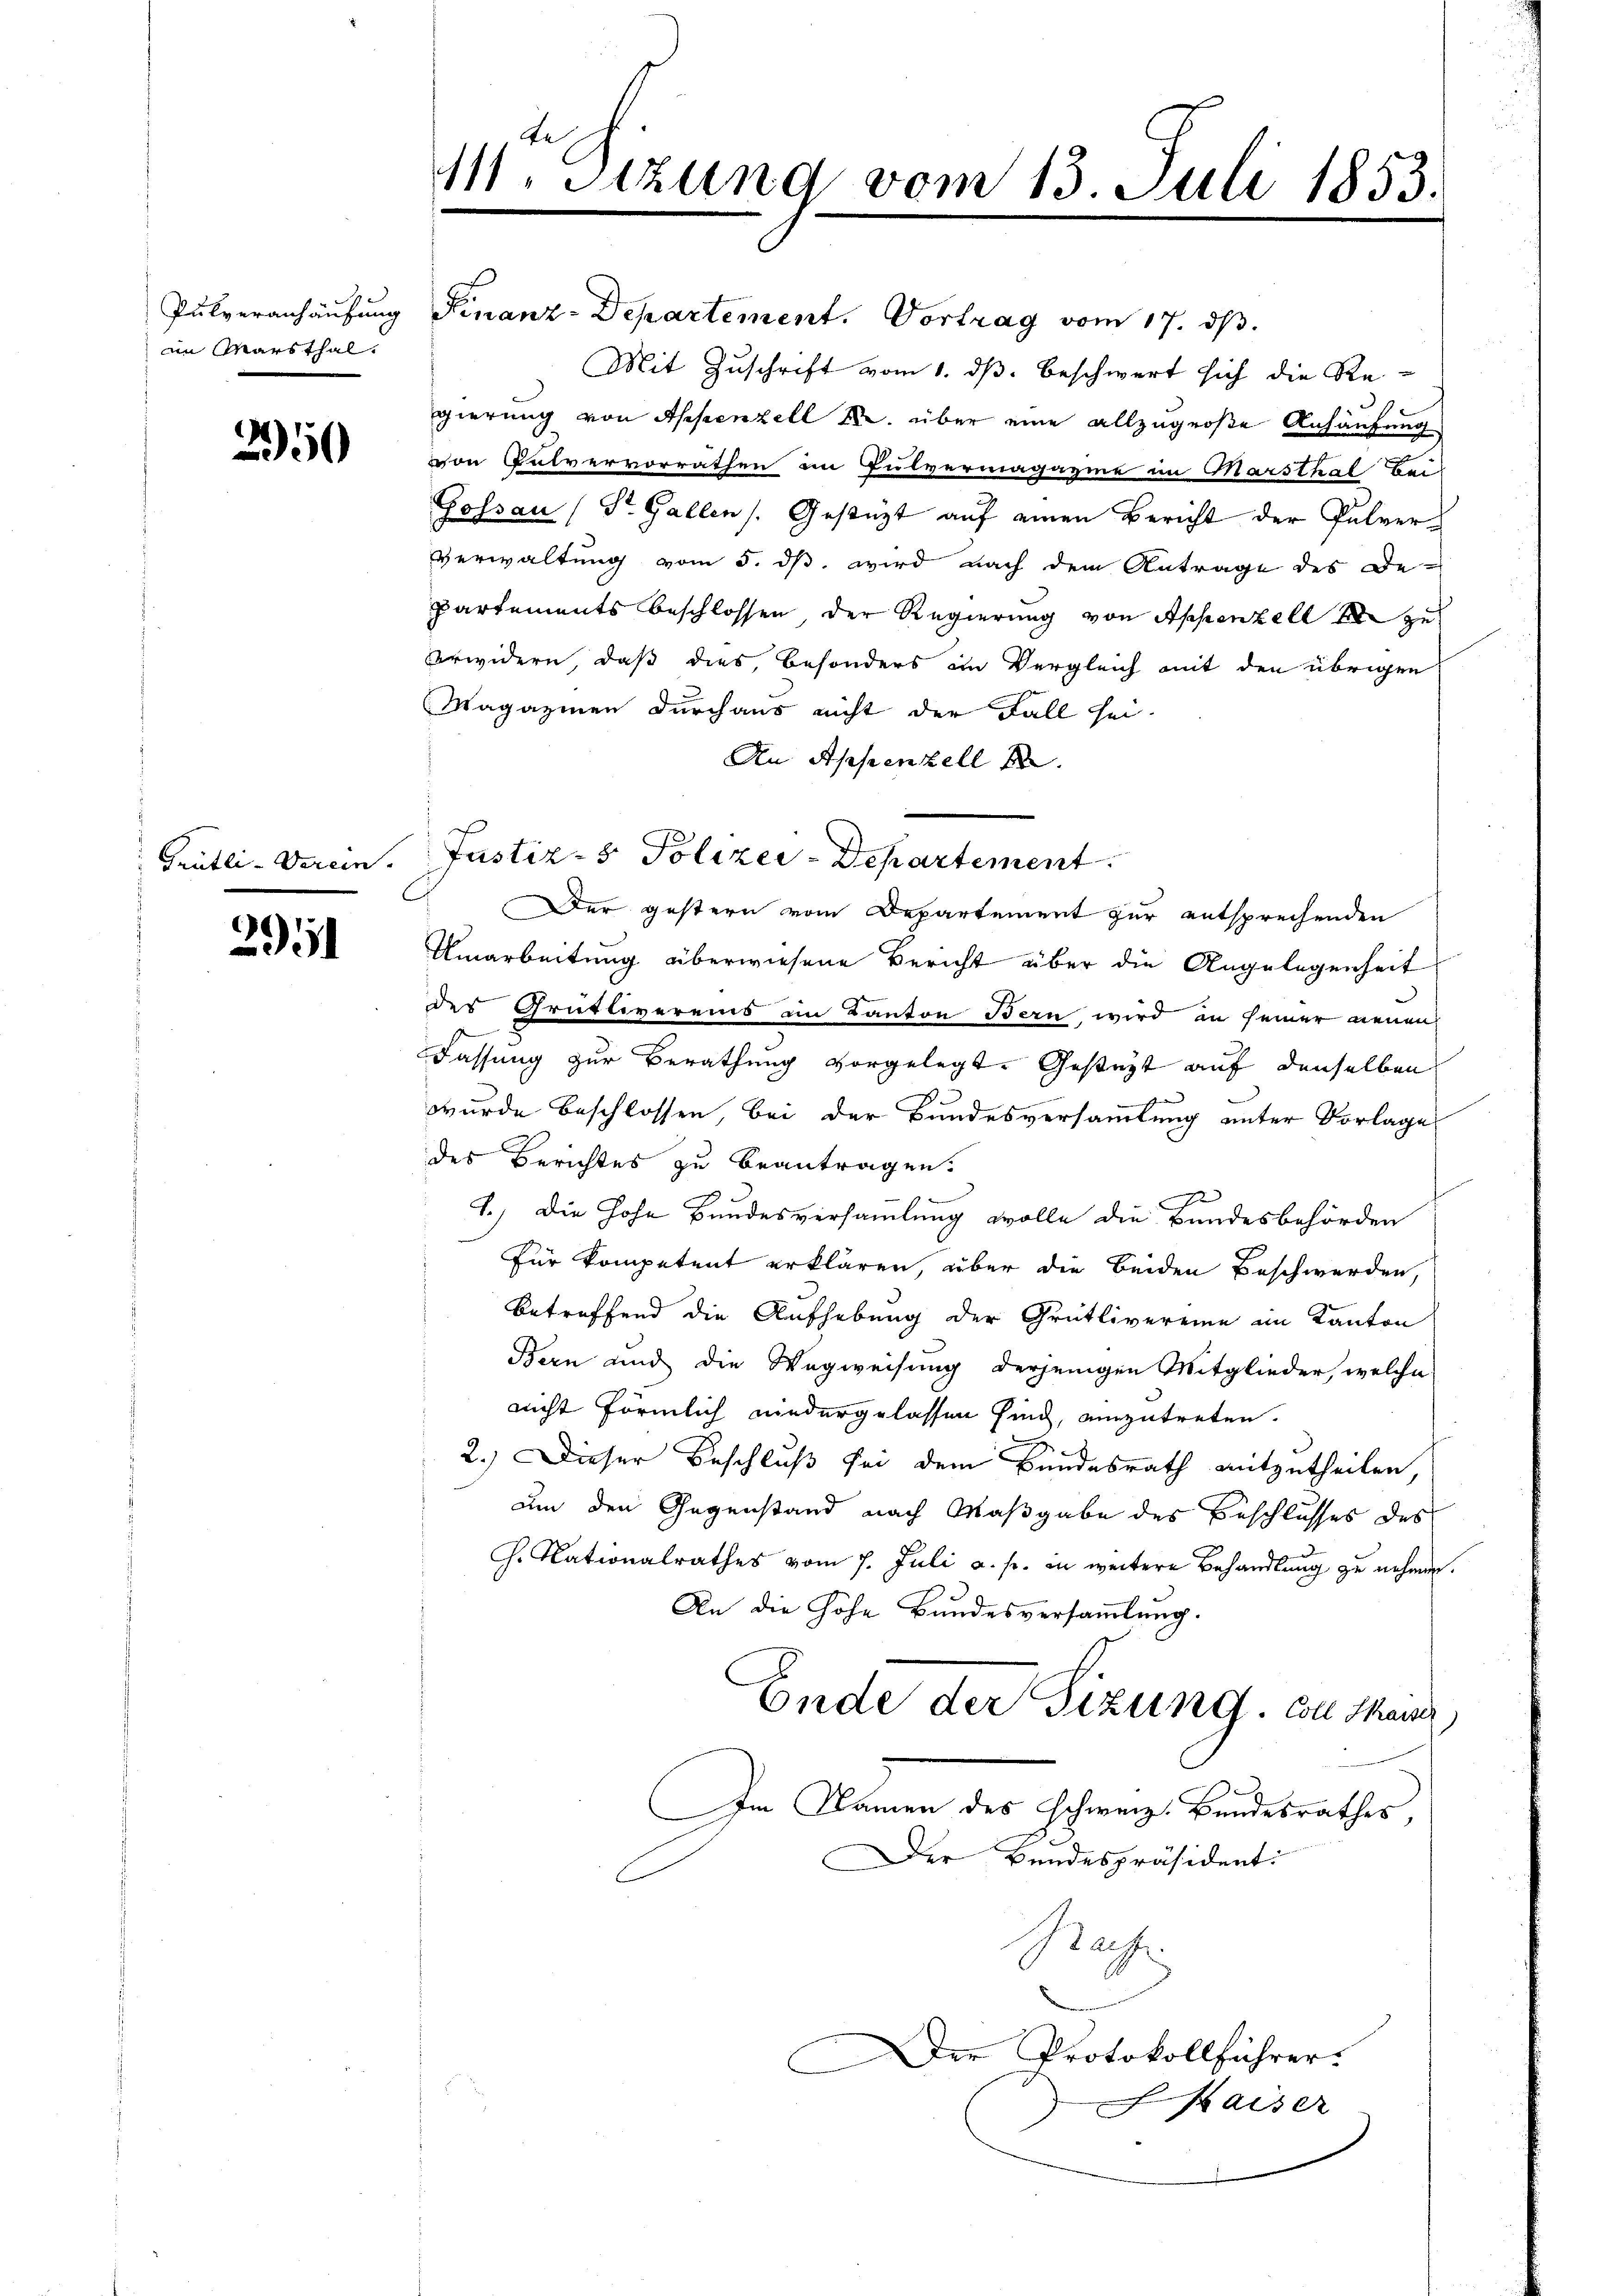
Pulveranhäufung
im Marsthal.

2950

Grütli-Verein.

2951

M. Sitzung vom 13. Juli 1853.

Finanz-Departement. Vortrag vom 17. ds.
Mit Zuschrift vom 1. ds. beschwert sich die Re-
gierung von Appenzell M. über eine allzugroße Anhäufung
von Pulvervorrathen im Pulvermagazine im Marsthal bei
Gossau (Dr. Gallen (Gestüzt auf einen Bericht der Pulver¬
Verwaltung vom 5. dß wird nach dem Antrage des De-
partements beschlossen, der Regierung von Appenzell zu
erwidern, daß dies, besonders im Vergleich mit den übrigen
Magazinen durchaus nicht der Fall sei.
An Appenzell de
Der gestern vom Departement zur entsprechenden
Umarbeitung überwiesene Bericht über die Angelegenheit
des Grüttivereins in Kanton Bern wird an seiner neuen
Fassung zur Berathung vorgelegt. Gesteht auf denselben
wurde beschlossen, bei der Bundesversammlung unter Vorlage
des Berichtes zu beantragen.
1.) Die hohe Bundesversammlung wolle die Bundesbehörden
Für Kompetent erklären, über die beiden Beschwerden
betreffend die Aufhebung der Grütlivereine im Kanton
Bern und die Wegweisung derjenigen Mitglieder, welche
nicht förmlich niedergelassen sind, einzutreten.
2.) Dieser Beschluß sei dem Bundesrath mitzutheilen,
um den Gegenstand nach Maßgabe des Beschlusses des
G. Nationalrathes vom 7. Juli u. s. in weitere Behandlung zu nehmen.
An die hohe Bundesversammlung.
Ende der Sizung. Coll Saiss
Im Namen des Schweiz. Bundesrathes,
er Bundespräsident:
Rach
Der Protokollführer.
Kaiser

Justiz- & Polizei-Departement